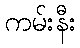
ကမ်းနီး